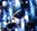
مكان